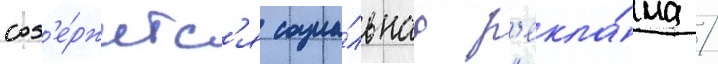
сод'е́ржитс'я социа́льнаа р'екла́ма /